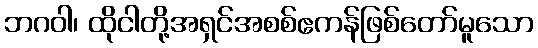
ဘဂဝါ၊ ထိုငါတို့အရှင်အစစ်ဧကန်ဖြစ်တော်မူသော